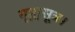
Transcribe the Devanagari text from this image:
गृह्यसूत्र।